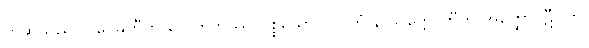
ဟုဆိုသည်။ ပဝေဓတီတိ ဂေါတြဘုဿ ပစ္စယော ဘဝိတုံ န သက္ကောတီတိ အတ္ထော၊ ဋီ။ ဟိ၊